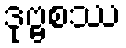
ဒုဗ္ဗစဿ